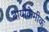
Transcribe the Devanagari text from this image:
बायोकेमीक